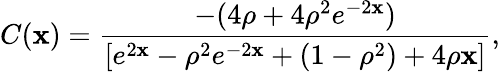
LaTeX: C(\mathbf{x})=\frac{{-(4\rho+4\rho^{2}e^{-2\mathbf{x}})}}{{[e^{2\mathbf{x}}-\rho^{2}e^{-2\mathbf{x}}+(1-\rho^{2})+4\rho\mathbf{x}]}},